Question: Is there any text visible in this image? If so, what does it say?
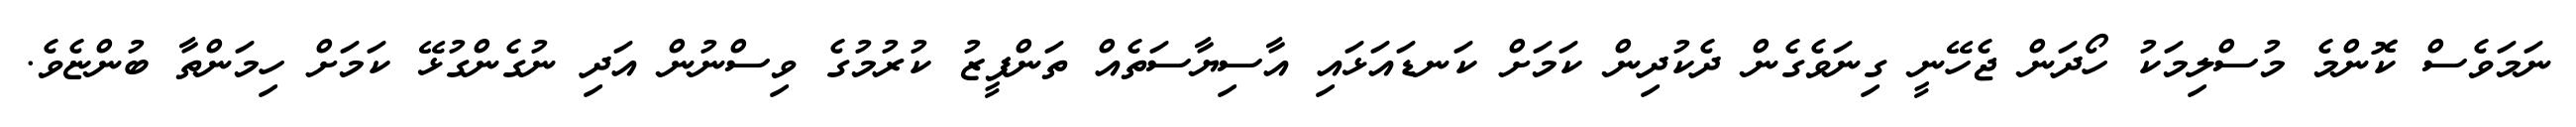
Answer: ނަމަވެސް ކޮންމެ މުސްލިމަކު ހޯދަން ޖެހޭނީ ގިނަވެގެން ދެކުދިން ކަމަށް ކަނޑައަޅައި އާސިޔާސަތެއް ތަންފީޒު ކުރުމުގެ ވިސްނުން އަދި ނުގެންގުޅޭ ކަމަށް ހިމަންތާ ބުންޏެވެ.